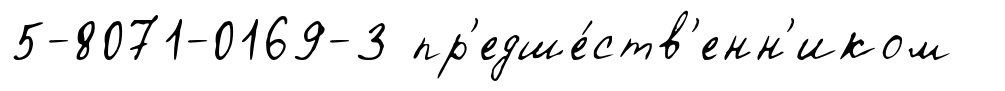
5-8071-0169-3 пр'едше́ств'енн'иком